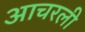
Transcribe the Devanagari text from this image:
आचरली